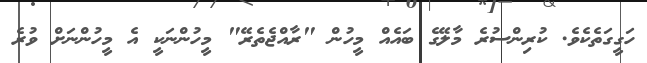
ހަގީގަތެކެވެ. ކުރިންސުރެ މާލޭގެ ބައެއް މީހުން "ރާއްޖެތެރޭ" މީހުންނަކީ އެ މީހުންނަށް ވުރެ